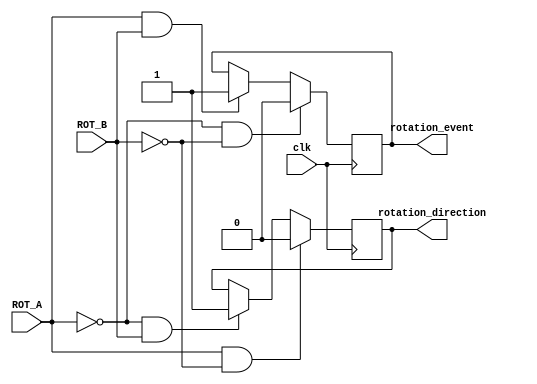
`timescale 1ns / 1ps
//////////////////////////////////////////////////////////////////////////////////
// Company: 
// Engineer: 
// 
// Design Name: 
// Module Name:    Rotary_Shaft_Encoder 
// Project Name: 
// Target Devices: 
// Tool versions: 
// Description: 
//
// Dependencies: 
//
// Revision: 
// Revision 0.01 - File Created
// Additional Comments: 
//
//////////////////////////////////////////////////////////////////////////////////
module Rotary_Shaft_Encoder(clk,ROT_A,ROT_B,rotation_event,rotation_direction
    );
	 input ROT_A, ROT_B, clk;
	 output reg rotation_event,rotation_direction;
	 always @(posedge clk) begin
			 if (ROT_A && ROT_B) begin
				  rotation_event <= 1;
			 end 
			 if (!ROT_A && !ROT_B) begin
				  rotation_event <= 0;
			 end
			 
			 if (!ROT_A && ROT_B) begin
				  rotation_direction <= 1;
			 end
			 if (ROT_A && !ROT_B) begin
				  rotation_direction <= 0;
			 end
	end

		


endmodule